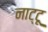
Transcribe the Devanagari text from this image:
नाट्टू